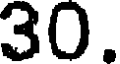
30.